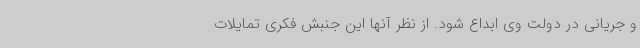
و جریانی در دولت وی ابداع شود. از نظر آنها این جنبش فکری تمایلات